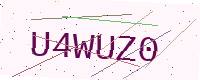
Text: U4WUZ0